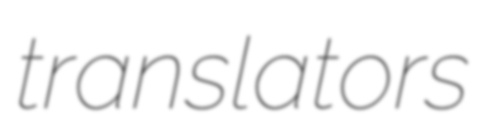
translators